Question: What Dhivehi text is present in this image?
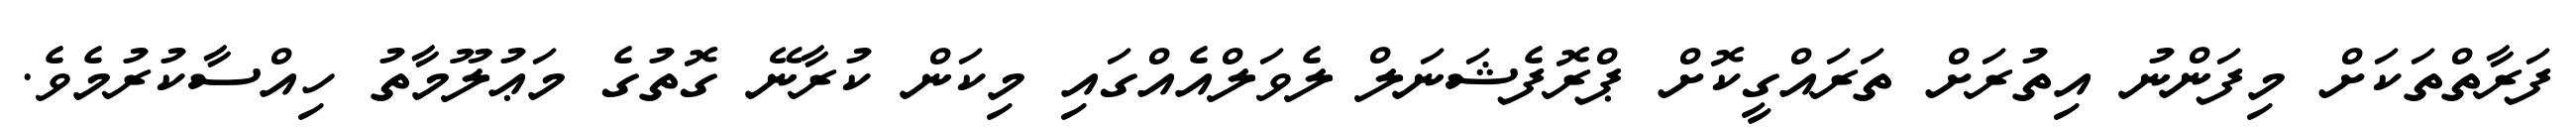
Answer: ފަރާތްތަކަށް މިފަންނު އިތުރަށް ތަރައްގީކޮށް ޕްރޮފެޝަނަލް ލެވަލްއެއްގައި މިކަން ކުރާނޭ ގޮތުގެ މަޢުލޫމާތު ހިއްސާކުރުމެވެ.